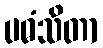
ပဓံသိတာ